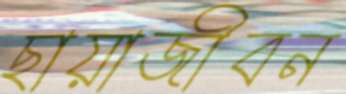
ছায়াজীবন